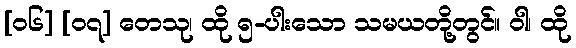
[၀၆] [၀၇] တေသု၊ ထို ၅-ပါးသော သမယတို့တွင်။ ဝါ၊ ထို